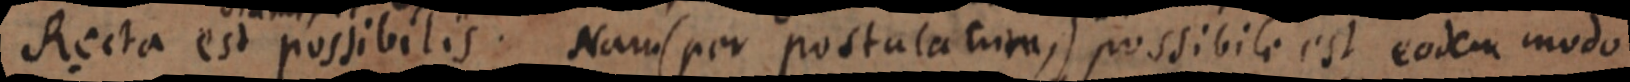
Recta est possibilis. Nam (per postulatum,) possibile est eodem modo